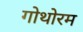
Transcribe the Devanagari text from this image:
गोथोरम